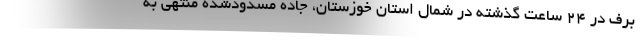
برف در ۲۴ ساعت گذشته در شمال استان خوزستان، جاده مسدودشده منتهی به